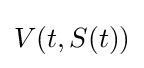
V(t,S(t))